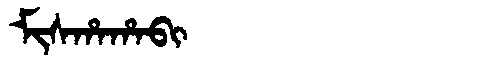
Manchu: ᠮᡳᠰᡥᠠᡥᠠᠪᡳ
Romanization: MISHAHABI